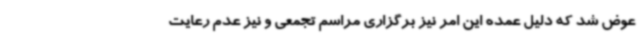
عوض شد که دلیل عمده این امر نیز برگزاری مراسم‌ تجمعی و نیز عدم رعایت